system: You are a helpful assistant.
user:
Analyze the provided spectrum to determine if it is a **M-type Giant (gM)**.

A M-type Giant spectrum is defined by its **strong molecular absorption** features, particularly from **Titanium Oxide (TiO)**. You must check for one of the following mutually exclusive signatures:

- **Key Visual Indicators (Absorption-Dominated Spectrum):**

    - **(Primary):** The spectrum is dominated by strong molecular absorption from **Titanium Oxide (TiO)**. This is the **defining feature** of its M-type temperature class.
        - **(Key Bandheads):** Look for sharp, "saw-tooth" absorption valleys. The strongest are located near **~7050 Å**, **~6160 Å**, and **~5170 Å**.
        - **(Line Profile):** The "saw-tooth" morphology is critical: a **sharp, steep drop on the BLUE (short-wavelength) side** of the bandhead, followed by a gradual recovery (rising flux) towards the RED (long-wavelength) side.

    - **(Key Confirmation - Giant vs. Dwarf):** **ABSENCE** of strong **Calcium Hydride (CaH)** molecular bands. This is the primary diagnostic for *excluding* M-dwarfs.
        - **(Key Region):** The spectrum should lack the strong, broad absorption band seen in dwarfs between **~6800 Å and ~7000 Å**.

    - **(Secondary Confirmation - Giant):** A very strong and broad **Neutral Calcium (Ca I)** atomic absorption line.
        - **(Key Line):** Located at **~4226 Å**. In a giant (gM), this line is significantly deeper and broader than the same line in an M-dwarf (dM) due to low surface gravity.

    - **(Overall Spectrum):**
        - The continuum is **extremely red-sloping** (i.e., flux is very low in the blue and rises dramatically towards the red).
        - The entire spectrum appears "chopped up" by the deep TiO bands.

Think first, call **spectral_visualization_tool** if needed to examine features in detail, then provide your final answer. Your response must adhere to the following strict rules:
1.  **Overall Structure:** Your response must follow the format `<think>...</think> <tool_call>...</tool_call> (if a tool is used) <answer>...</answer>`.
2.  **Tool Usage Constraint:** You may only make **one** tool call per turn.
3.  **Final Answer Format:** In the `<answer>` tag, your conclusion must be inside a `\boxed{}` command (e.g., `\boxed{YES}` or `\boxed{NO}`), followed by your justification.

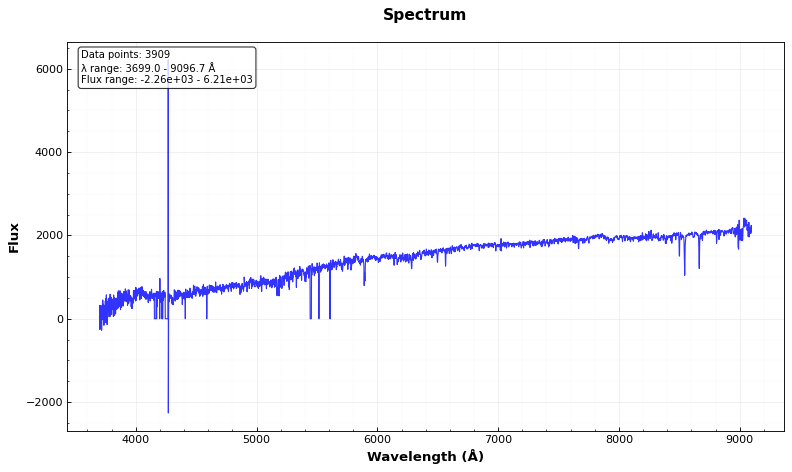
Answer: NO